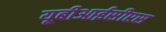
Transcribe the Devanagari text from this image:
यूबीआईसीएस